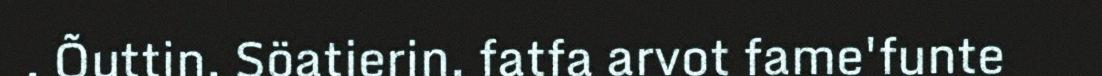
. Õuttin, Söatjerin, fatfa arvot fame'funte